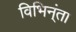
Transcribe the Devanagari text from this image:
विभिन्ंता